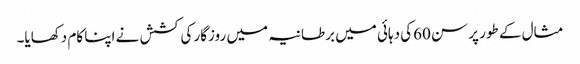
مثال کے طور پر سن 60کی دہائی میں برطانیہ میں روزگار کی کشش نے اپنا کام دکھایا۔